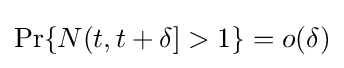
\Pr\{N(t,t+\delta ]>1\}=o(\delta )